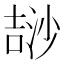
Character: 𣻅